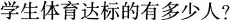
学生体育达标的有多少人?